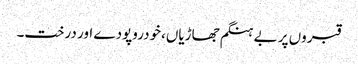
قبروں پر بے ہنگم جھاڑیاں،خودروپودے اور درخت۔